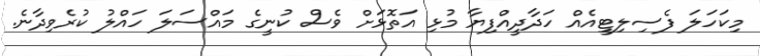
މިކަހަލަ ފެސިލިޓީއެއް ހަދާދީއްފިޔާ މުޅި އަތޮޅަށް ވެސް ކުނީގެ މައްސަލަ ހައްލު ކުރެވިދާނެ.